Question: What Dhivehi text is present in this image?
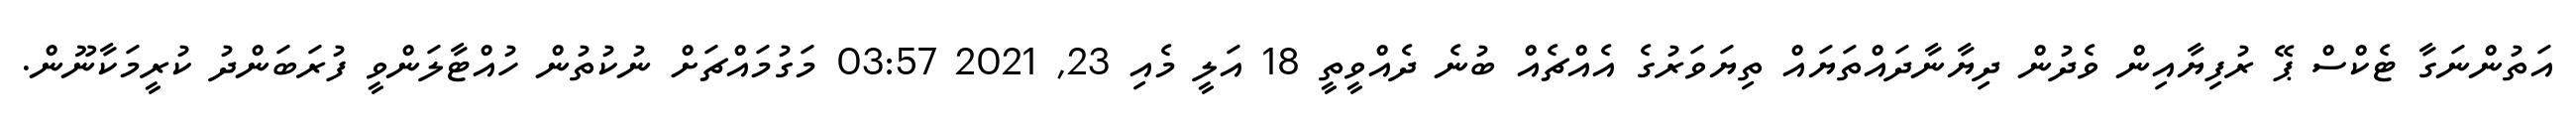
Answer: އަތުންނަގާ ޓެކްސް ޕޭ ރުފިޔާއިން ވެދުން ދިޔާނާދައްތަޔައް ތިޔަވަރުގެ އެއްޗެއް ބުނެ ދެއްވީތީ 18 އަލީ މެއި 23, 2021 03:57 މަގުމައްޗަށް ނުކުތުން ހުއްޓާލަންވީ ފުރަބަންދު ކުރީމަކާނޫން.